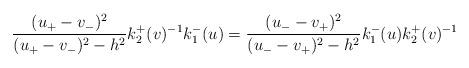
LaTeX: \begin{align*}\frac{(u_{+}-v_{-})^{2}}{(u_{+}-v_{-})^{2}-h^{2}}k_{2}^{+}(v)^{-1}k_{1}^{-}(u)=\frac{(u_{-}-v_{+})^{2}}{(u_{-}-v_{+})^{2}-h^{2}}k_{1}^{-}(u)k_{2}^{+}(v)^{-1}\end{align*}